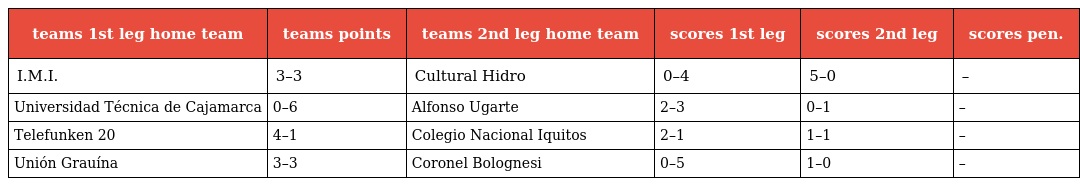
| teams 1st leg home team | teams points | teams 2nd leg home team | scores 1st leg | scores 2nd leg | scores pen. |
 | --- | --- | --- | --- | --- | --- |
 | I.M.I. | 3–3 | Cultural Hidro | 0–4 | 5–0 | – |
 | Universidad Técnica de Cajamarca | 0–6 | Alfonso Ugarte | 2–3 | 0–1 | – |
 | Telefunken 20 | 4–1 | Colegio Nacional Iquitos | 2–1 | 1–1 | – |
 | Unión Grauína | 3–3 | Coronel Bolognesi | 0–5 | 1–0 | – |